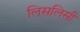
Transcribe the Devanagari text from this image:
लिसलिसी